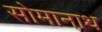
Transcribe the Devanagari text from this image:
सोमानाथ